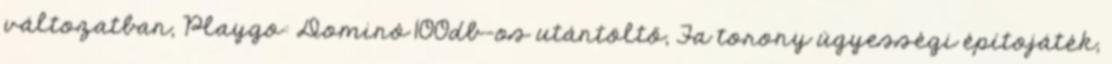
változatban, Playgo: Dominó 100db-os utántöltő, Fa torony ügyességi építojáték,